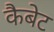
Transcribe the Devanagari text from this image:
कैबेट